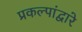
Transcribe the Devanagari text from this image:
प्रकल्पांद्वारे